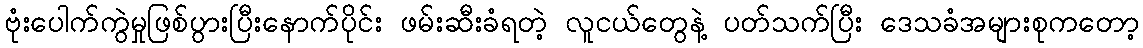
ဗုံးပေါက်ကွဲမှုဖြစ်ပွားပြီးနောက်ပိုင်း ဖမ်းဆီးခံရတဲ့ လူငယ်တွေနဲ့ ပတ်သက်ပြီး ဒေသခံအများစုကတော့